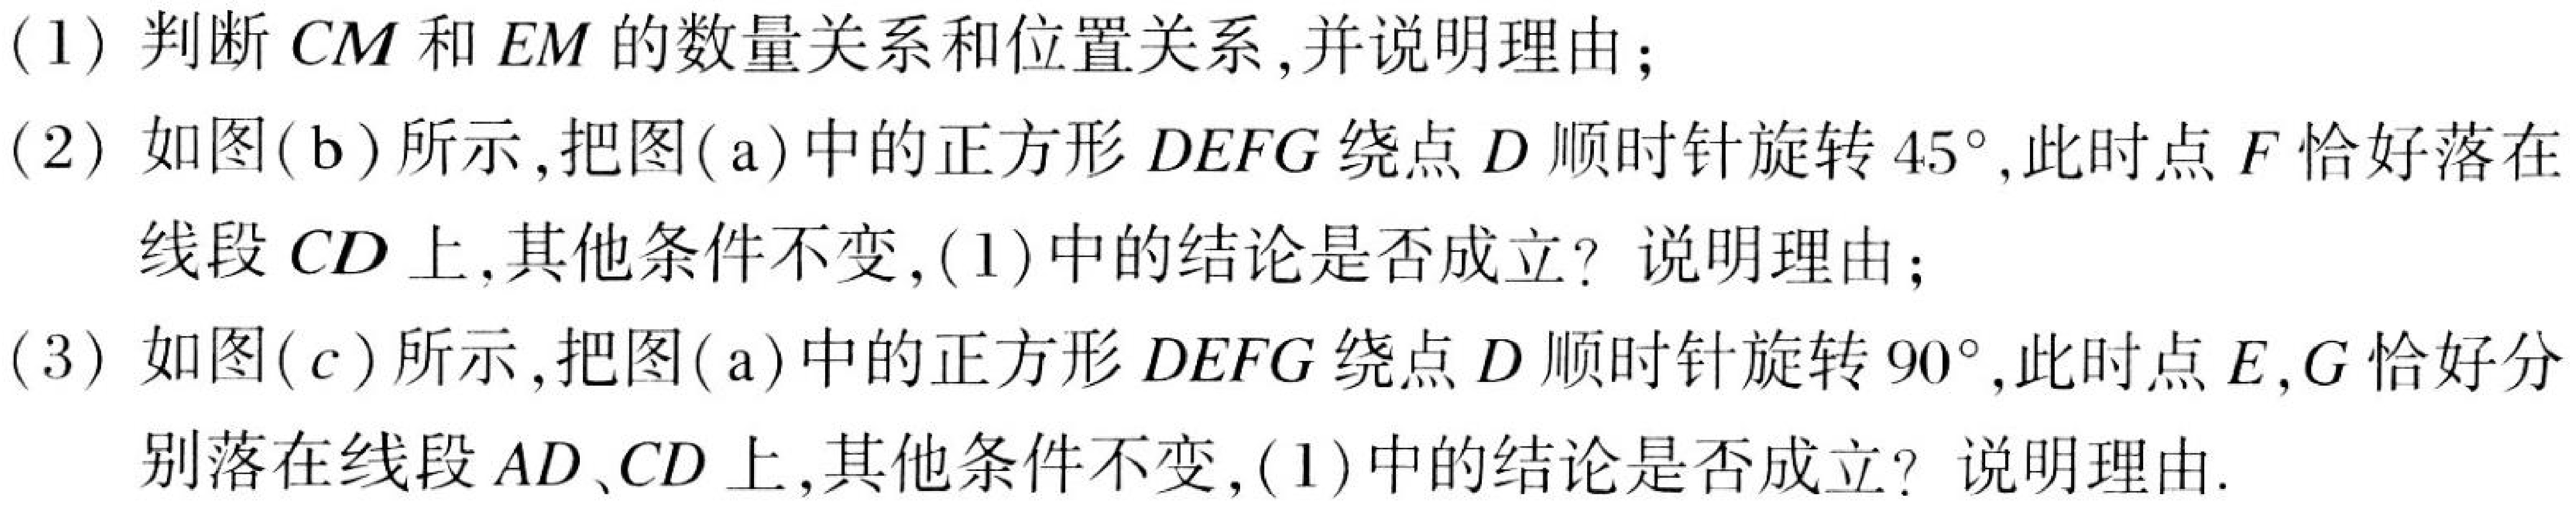
(1) 判断 \(CM\) 和 \(EM\) 的数量关系和位置关系,并说明理由；
(2) 如图(\(b\))所示,把图(\(a\))中的正方形 \(DEFG\) 绕点 \(D\) 顺时针旋转 \(45^{\circ}\),此时点 \(F\) 恰好落在
线段 \(CD\) 上,其他条件不变,(1)中的结论是否成立? 说明理由；
(3) 如图(\(c\))所示,把图(\(a\))中的正方形 \(DEFG\) 绕点 \(D\) 顺时针旋转 \(90^{\circ}\),此时点 \(E,G\) 恰好分
别落在线段 \(AD、CD\) 上,其他条件不变,(1)中的结论是否成立? 说明理由.